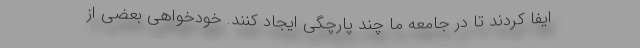
ایفا کردند تا در جامعه ما چند پارچگی ایجاد کنند. خودخواهی بعضی از